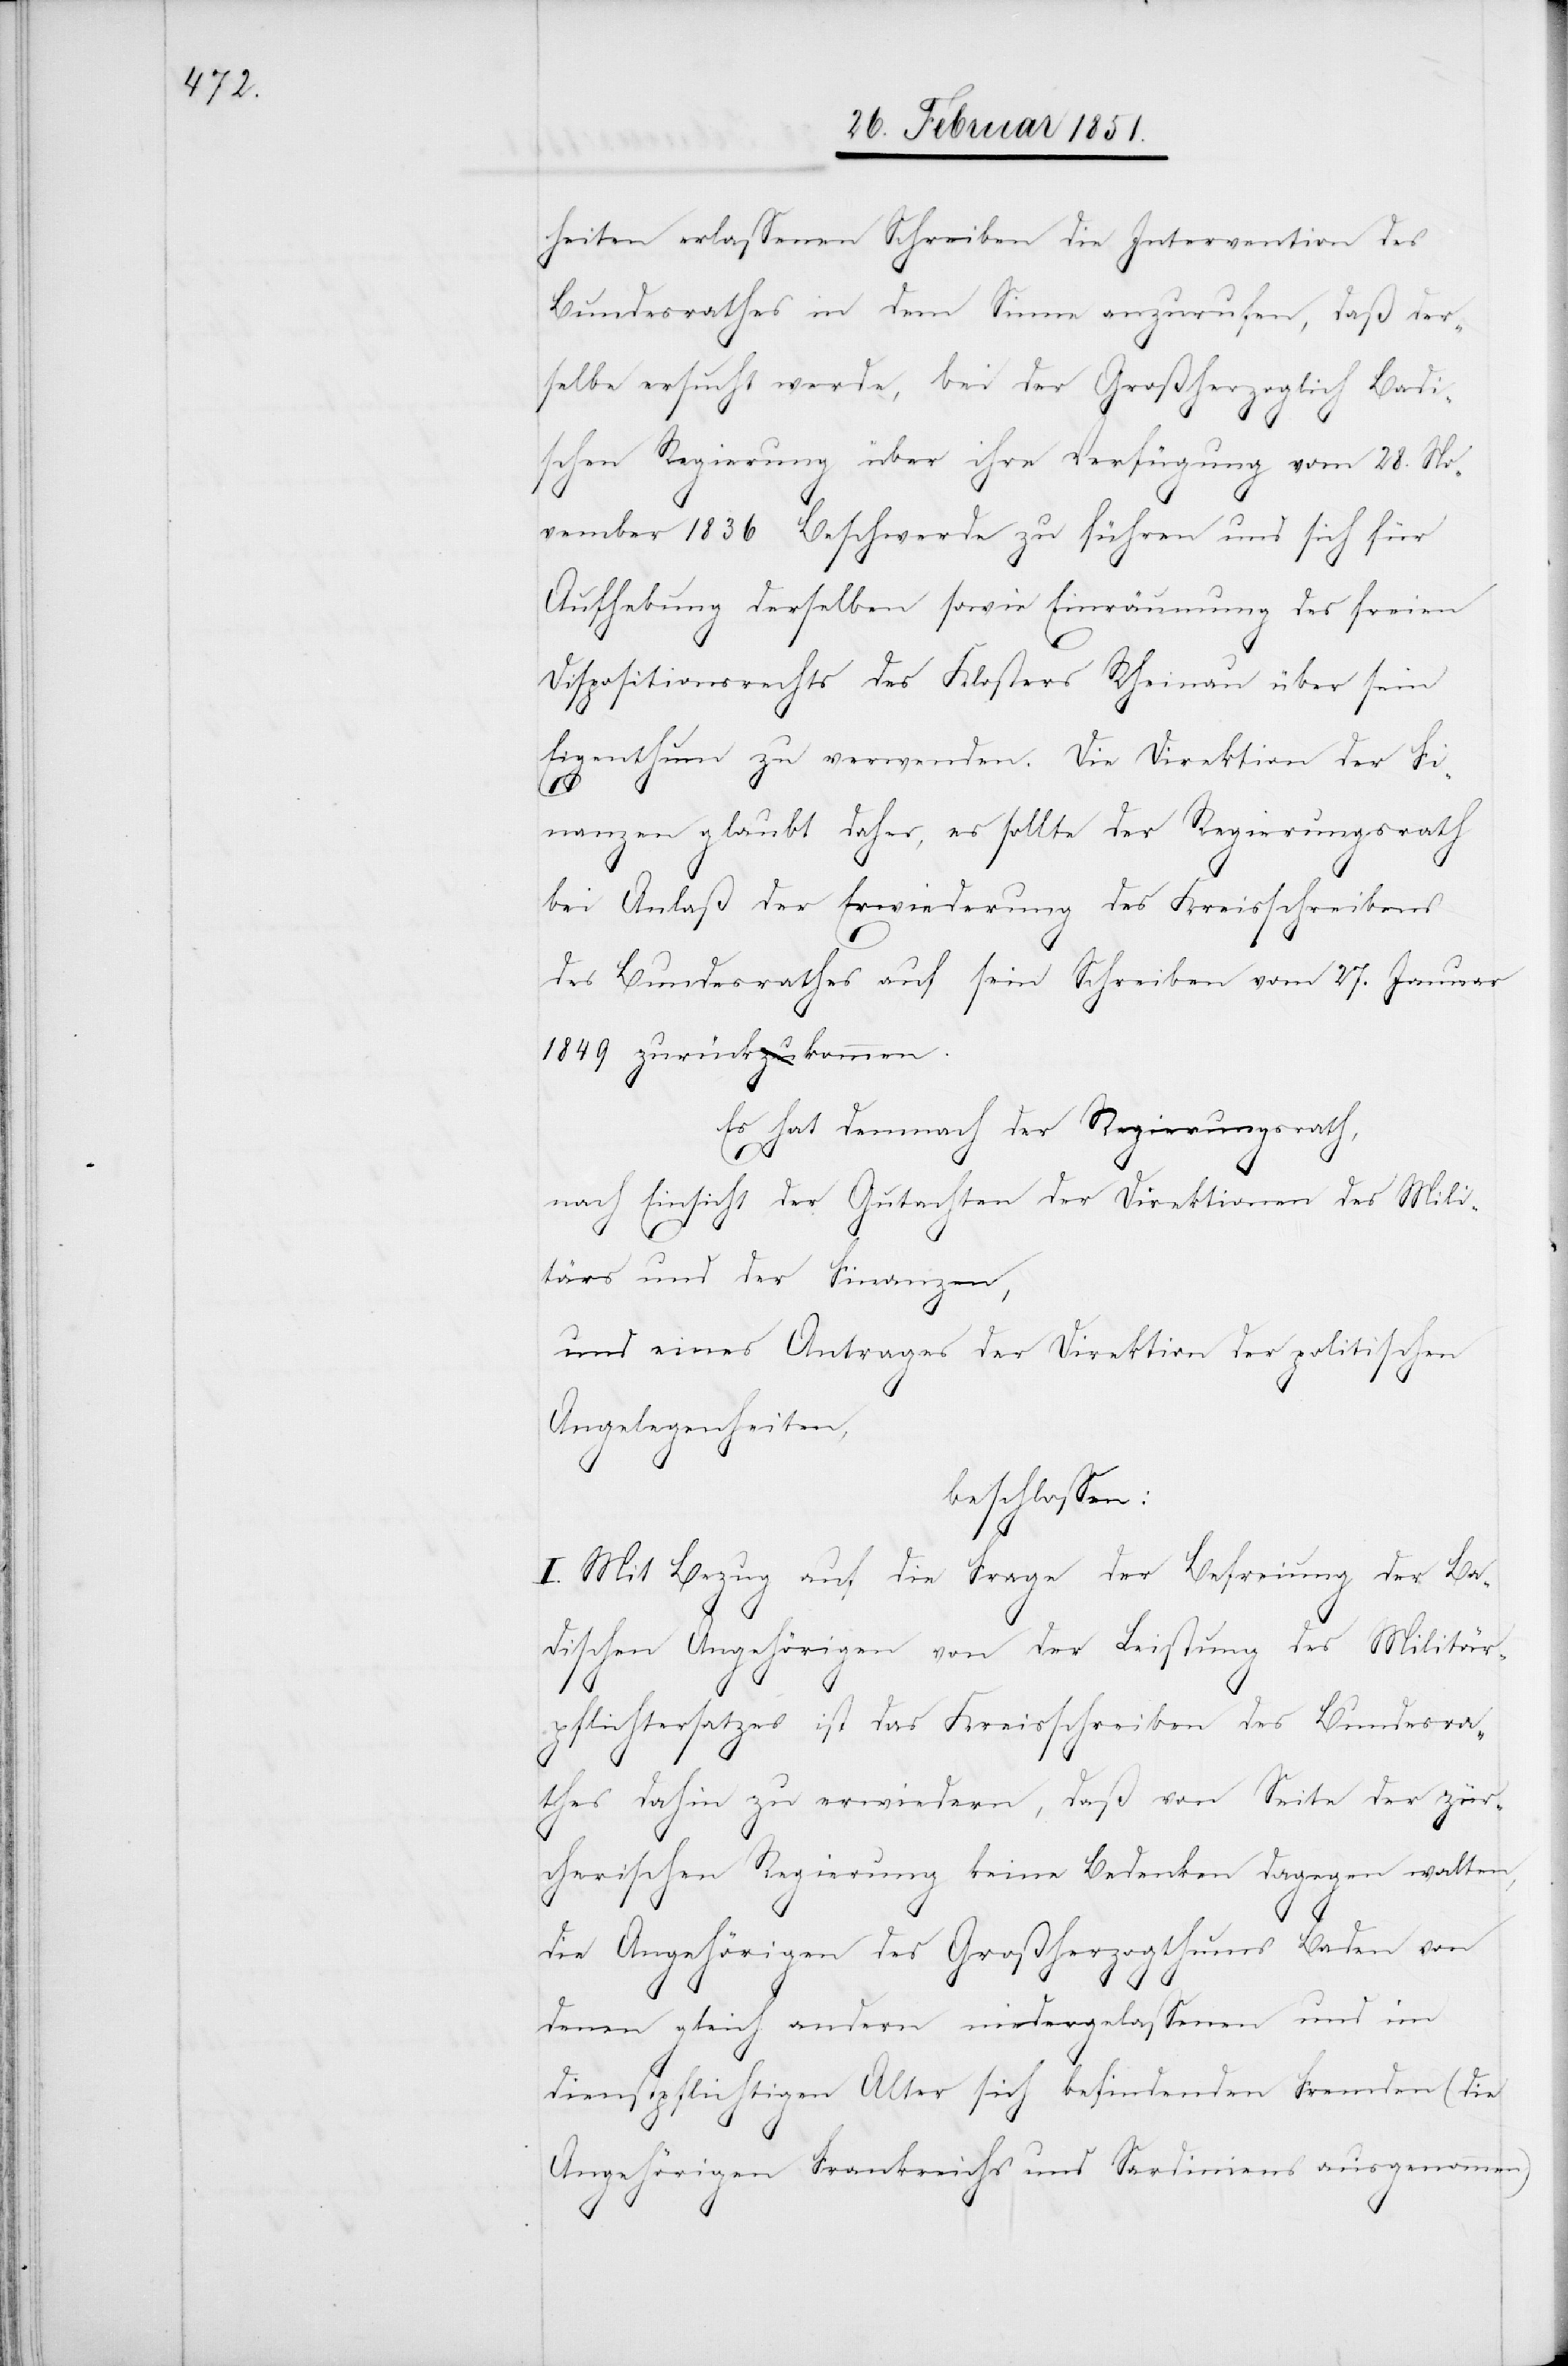
heiten erlassenen Schreiben die Intervention des
Bundesrathes in dem Sinne anzurufen, daß der¬
selbe ersucht werde, bei der Großherzoglich Badi¬
schen Regierung über ihre Verfügung vom 28. No¬
vember 1836 Beschwerde zu führen und sich für
Aufhebung derselben sowie Einräumung des freien
Dispositionsrechts des Klosters Rheinau über sein
Eigenthum zu verwenden. Die Direktion der Fi¬
nanzen glaubt daher, es sollte der Regierungsrath
bei Anlaß der Erwiederung des Kreisschreibens
des Bundesrathes auf sein Schreiben vom 27. Januar
1849 zurückkommen.
Es hat demnach der Regierungsrath,
nach Einsicht der Gutachten der Direktionen des Mili¬
tärs und der Finanzen,
und eines Antrages der Direktion der politischen
Angelegenheiten,
beschlossen:
I. Mit Bezug auf die Frage der Befreiung der Ba¬
dischen Angehörigen von der Leistung des Militär¬
pflichtersatzes ist das Kreisschreiben des Bundesra¬
thes dahin zu erwiedern, daß von Seite der zür¬
cherischen Regierung keine Bedenken dagegen walten,
die Angehörigen des Großherzogthums Baden von
denen gleich andern niedergelassenen und im
dienstpflichtigen Alter sich befindenden Fremden (die
Angehörigen Frankreichs und Sardiniens ausgenommen)